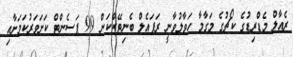
ރެއާލް މެޑްރިޑުގެ ކޯޗުގެ މަގާމާ ހަވާލުވާނީ ރަފައެލް ބެނިޓޭޒްކަން 99 ޕަސެންޓް ކަށަވަރުކަމަށާއި